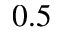
0 . 5